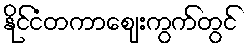
နိုင်ငံတကာဈေးကွက်တွင်